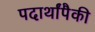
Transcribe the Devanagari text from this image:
पदार्थांपैकी